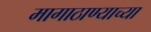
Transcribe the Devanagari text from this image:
मागाठाण्याच्या